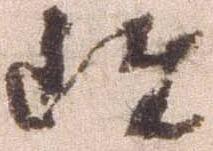
雖